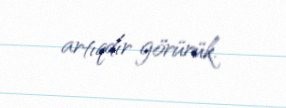
artıqdır görürük.